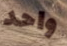
واحد